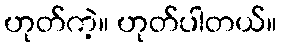
ဟုတ်ကဲ့။ ဟုတ်ပါတယ်။